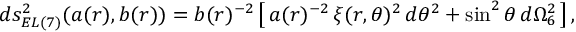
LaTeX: d s _ { E L ( 7 ) } ^ { 2 } ( a ( r ) , b ( r ) ) = b ( r ) ^ { - 2 } \left[ \, a ( r ) ^ { - 2 } \, \xi ( r , \theta ) ^ { 2 } \, d \theta ^ { 2 } + \sin ^ { 2 } \theta \, d \Omega _ { 6 } ^ { 2 } \, \right] ,